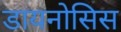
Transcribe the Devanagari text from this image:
डायनोसिस